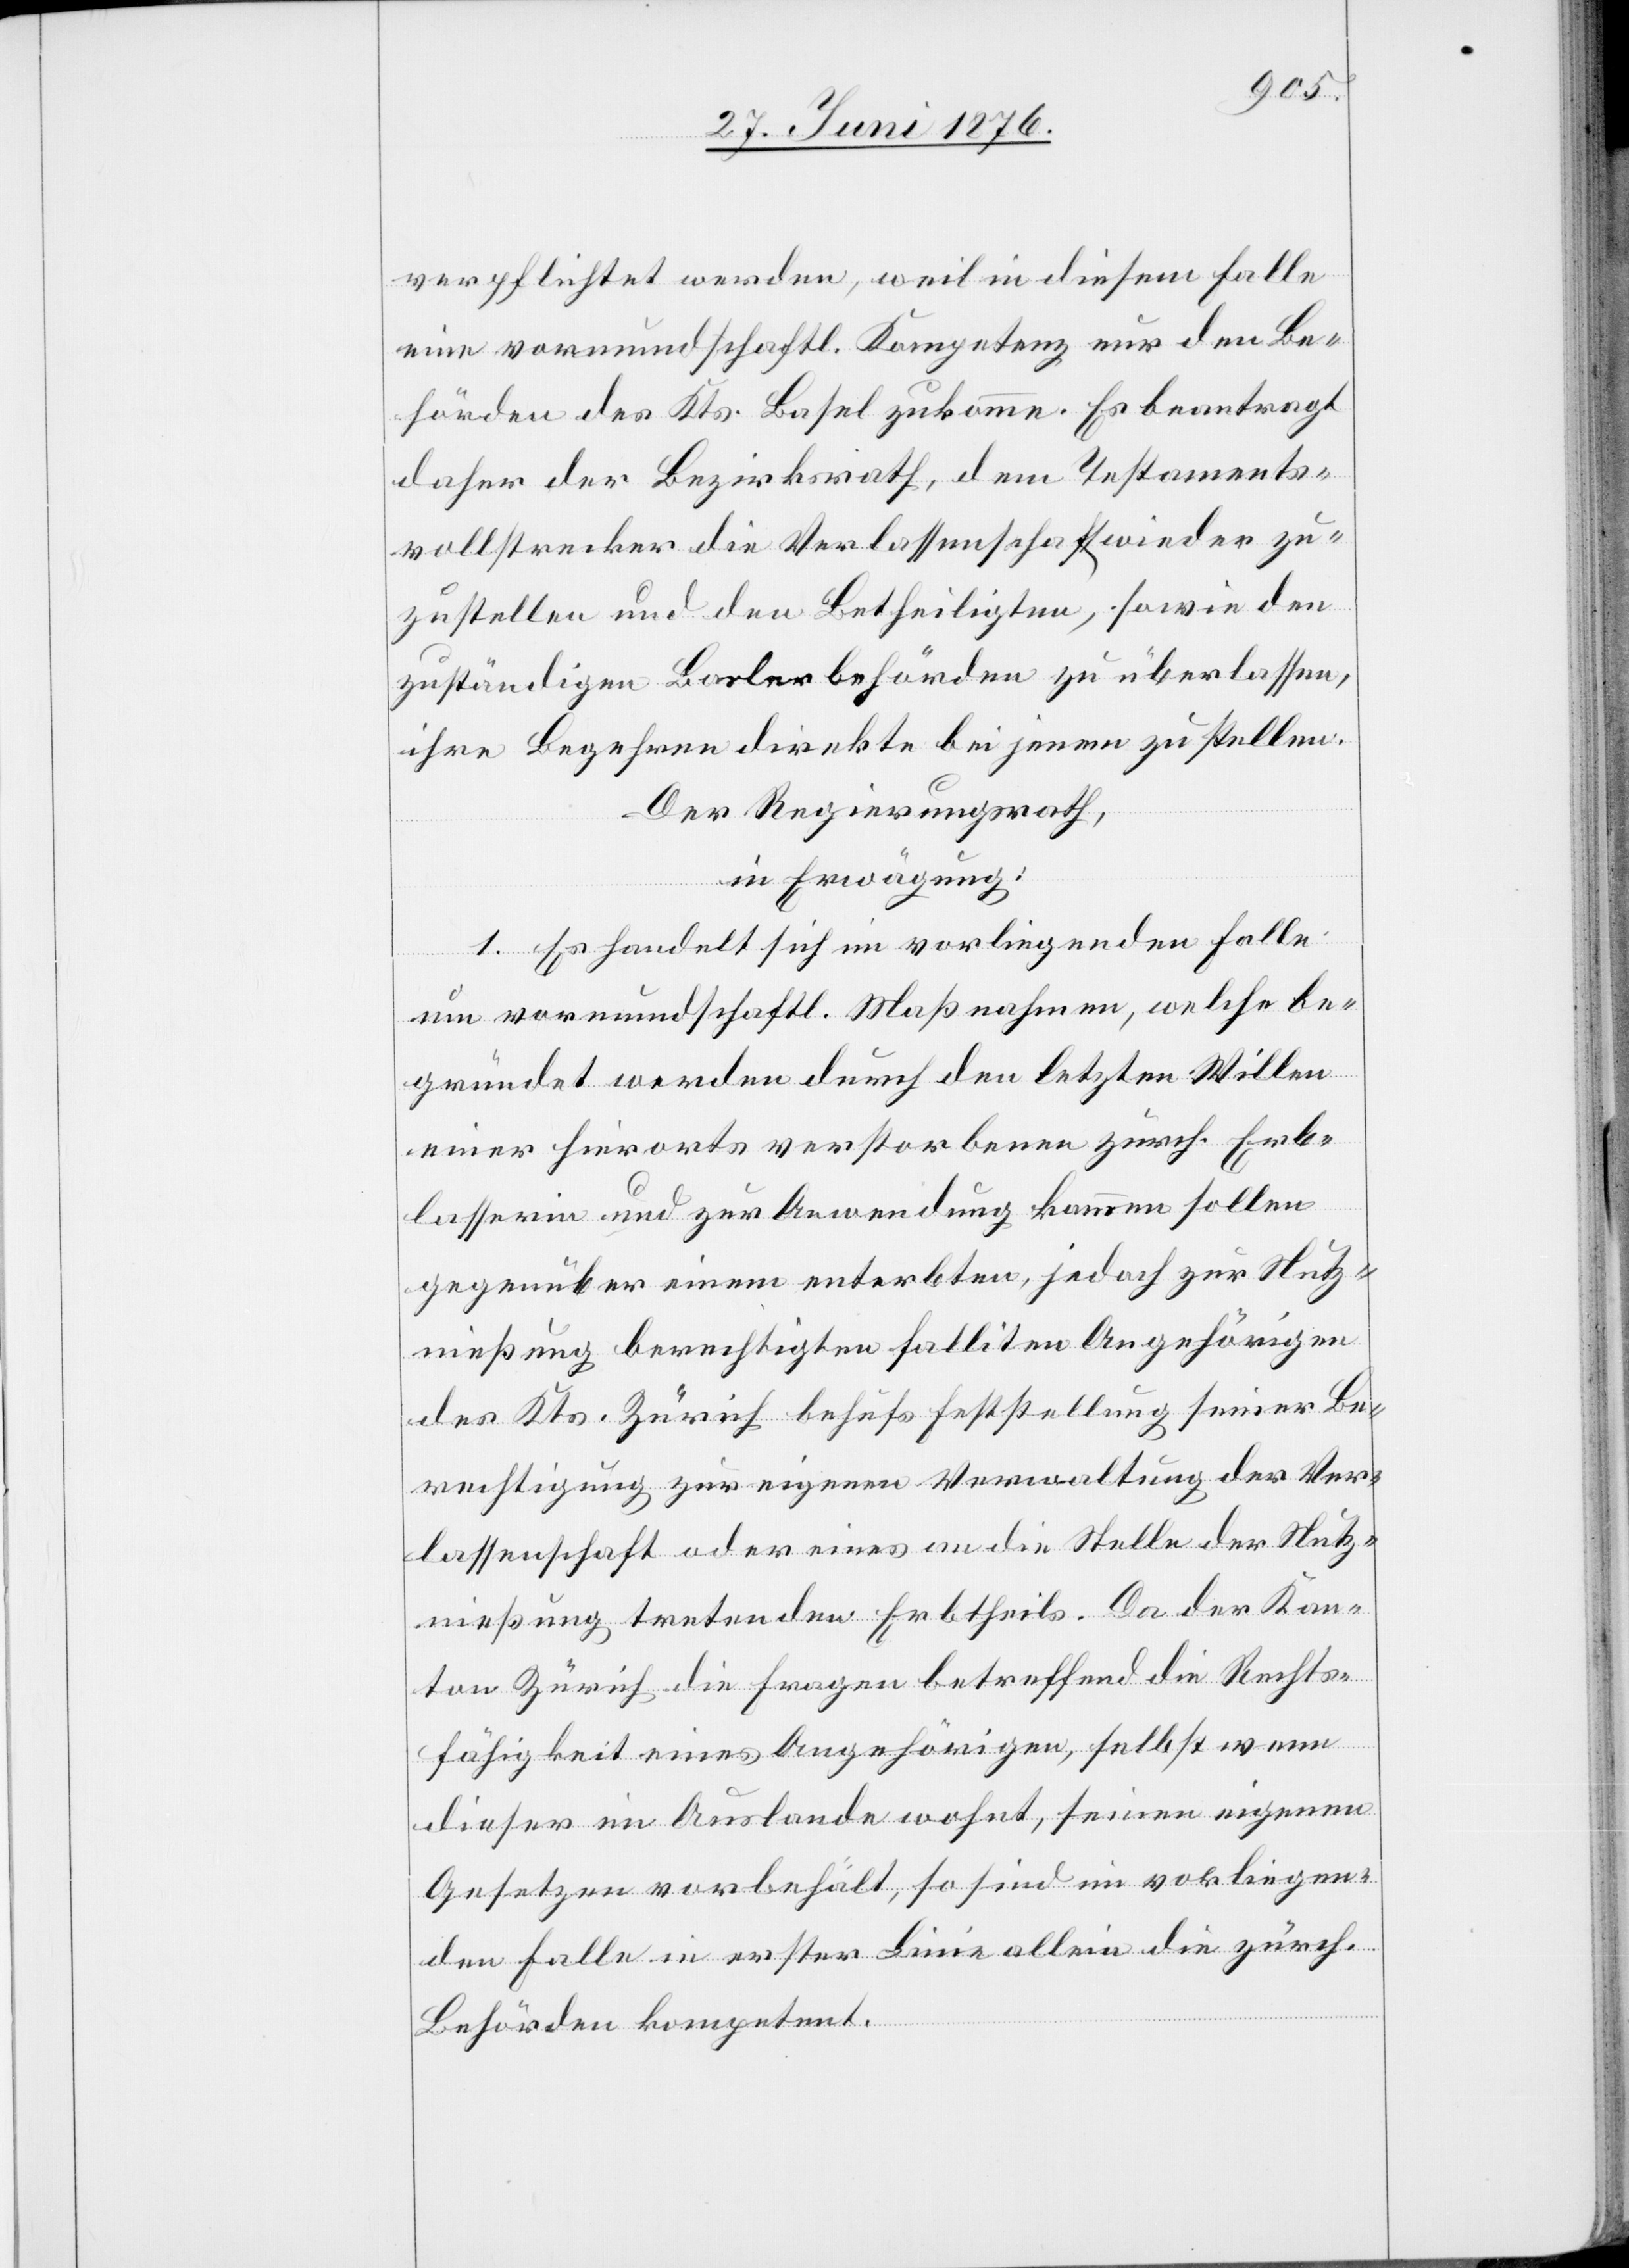
verpflichtet werden, weil in diesem Falle
eine vormundschaftl. Kompetenz nur den Be¬
hörden des Kts. Basel zukomme. Es beantragt
daher der Bezirksrath, dem Testaments¬
vollstrecker die Verlassenschaft wieder zu¬
zustellen und den Betheiligten, sowie den
zuständigen Basler Behörden zu überlassen,
ihre Begehren direkte bei jenen zu stellen.
Der Regierungsrath,
in Erwägung:
1. Es handelt sich im vorliegenden Falle
um vormundschaftl. Maßnahmen, welche be¬
gründet werden durch den letzten Willen
einer hierorts verstorbenen zürch. Erb¬
lasserin und zur Anwendung kommen sollen
gegenüber einem enterbten, jedoch zur Nutz¬
nießung berechtigten falliten Angehörigen
des Kts. Zürich behufs Feststellung seiner Be¬
rechtigung zur eigenen Verwaltung der Ver¬
lassenschaft oder eines an die Stelle der Nutz¬
nießung tretenden Erbtheils. Da der Kan¬
ton Zürich die Fragen betreffend die Rechts¬
fähigkeit eines Angehörigen, selbst wenn
dieser im Auslande wohnt, seinen eigenen
Gesetzen vorbehält, so sind im vorliegen¬
den Falle in erster Linie allein die zürch.
Behörden kompetent.